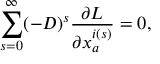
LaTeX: \sum _ { s = 0 } ^ { \infty } ( - D ) ^ { s } \frac { \partial L } { \partial x _ { a } ^ { i ( s ) } } = 0 ,